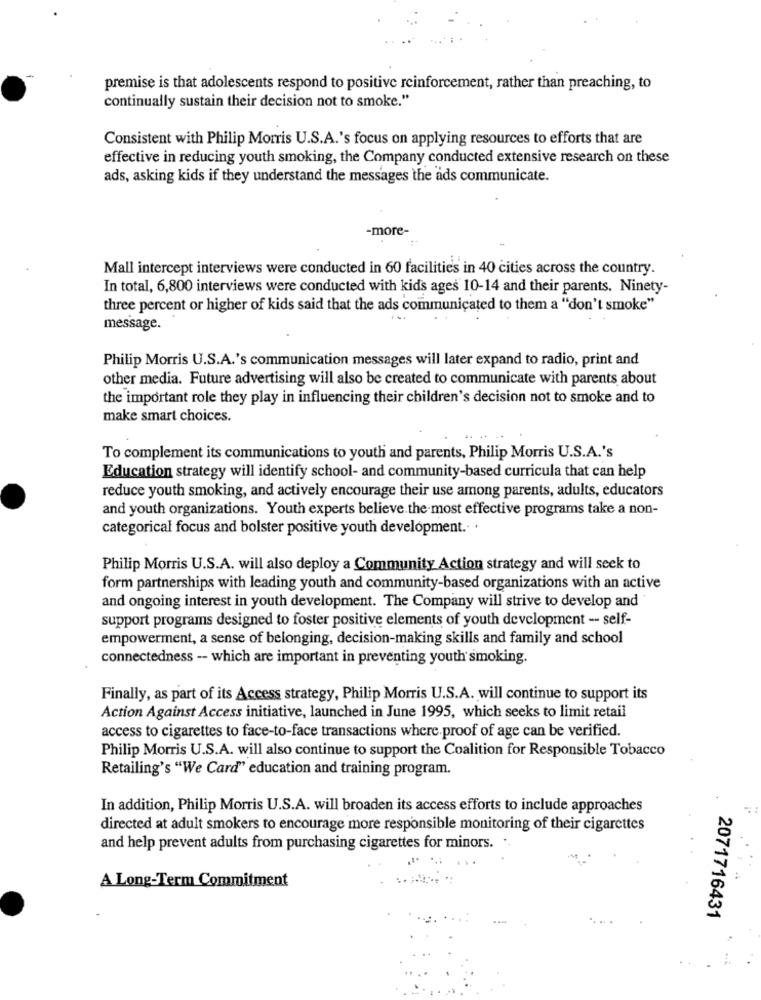
premise is that adolescents respond to positive reinforcement, rather than preaching, to
continually sustain their decision not to smoke."
Consistent with Philip Morris U.S.A.'s focus on applying resources to efforts that are
effective in reducing youth smoking, the Company conducted extensive research on these
ads, asking kids if they understand the messages the ads communicate.
-more-
Mall intercept interviews were conducted in 60 facilities in 40 cities across the country.
In total, 6,800 interviews were conducted with kids ages 10-14 and their parents. Ninety-
three percent or higher of kids said that the ads communicated to them a "don't smoke"
message.
Philip Morris U.S.A.'s communication messages will later expand to radio, print and
other media. Future advertising will also be created to communicate with parents about
the important role they play in influencing their children's decision not to smoke and to
make smart choices.
To complement its communications to youth and parents, Philip Morris U.S.A.'s
Education strategy will identify school- and community-based curricula that can help
reduce youth smoking, and actively encourage their use among parents, adults, educators
and youth organizations. Youth experts believe the most effective programs take a non-
categorical focus and bolster positive youth development. .
Philip Morris U.S.A. will also deploy a Community Action strategy and will seek to
form partnerships with leading youth and community-based organizations with an active
and ongoing interest in youth development. The Company will strive to develop and
support programs designed to foster positive elements of youth development - self-
empowerment, a sense of belonging, decision-making skills and family and school
connectedness -- which are important in preventing youth smoking.
Finally, as part of its Access strategy, Philip Morris U.S.A. will continue to support its
Action Against Access initiative, launched in June 1995, which seeks to limit retail
access to cigarettes to face-to-face transactions where.proof of age can be verified.
Philip Morris U.S.A. will also continue to support the Coalition for Responsible Tobacco
Retailing's "We Card" education and training program.
In addition, Philip Morris U.S.A. will broaden its access efforts to include approaches
directed at adult smokers to encourage more responsible monitoring of their cigarettes
and help prevent adults from purchasing cigarettes for minors. ..
A Long-Term Commitment
2071716431